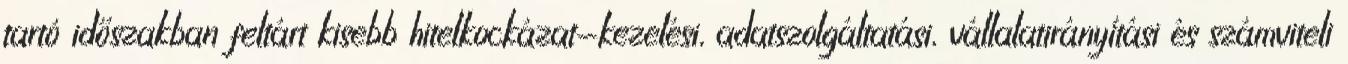
tartó időszakban feltárt kisebb hitelkockázat-kezelési, adatszolgáltatási, vállalatirányítási és számviteli